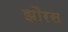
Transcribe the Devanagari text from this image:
झौरस